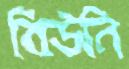
বিউনি